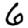
Digit: 6